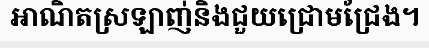
អាណិតស្រឡាញ់និងជួយជ្រោមជ្រែង។